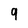
Character: q